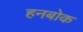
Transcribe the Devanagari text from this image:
हनबोक